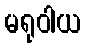
မရုဝါယ